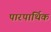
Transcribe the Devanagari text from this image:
पारपार्थिक